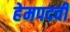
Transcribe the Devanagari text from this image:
हेमपदवीं